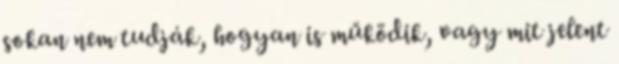
sokan nem tudják, hogyan is működik, vagy mit jelent